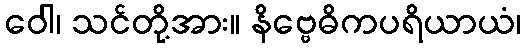
ဝေါ၊ သင်တို့အား။ နိဗ္ဗေဓိကပရိယာယံ၊